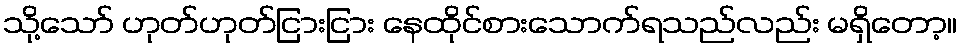
သို့သော် ဟုတ်ဟုတ်ငြားငြား နေထိုင်စားသောက်ရသည်လည်း မရှိတော့။